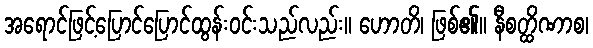
အရောင်ဖြင့်ပြောင်ပြောင်ထွန်းဝင်းသည်လည်း။ ဟောတိ၊ ဖြစ်၏။ နီစတ္ထိဏာစ၊